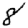
Digit: 8